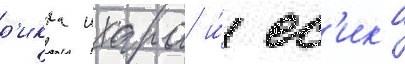
р'икка ихара и́ ес'ик'и